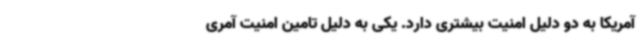
آمریکا به دو دلیل امنیت بیشتری دارد. یکی به دلیل تامین امنیت آمری